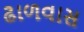
ઢાળવાસ